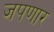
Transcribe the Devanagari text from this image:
जपणार